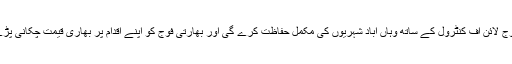
پاک فوج لائن آف کنٹرول کے ساتھ وہاں آباد شہریوں کی مکمل حفاظت کرے گی اور بھارتی فوج کو اپنے اقدام پر بھاری قیمت چکانی پڑے گی۔